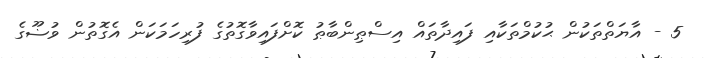
5 - އާޔަތްތަކުން ޙުކުމްތަކާއި ފައިދާތައް އިސްޠިންބާޠު ކޮށްފައިވާގޮތުގެ ފުރިހަމަކަން އެގޮތުން ވުޟޫގެ